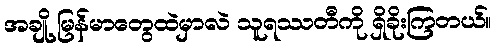
အချို့ မြန်မာတွေထဲမှာလဲ သူရဿတီကို ရှိခိုးကြတယ်။